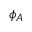
\phi _ { A }